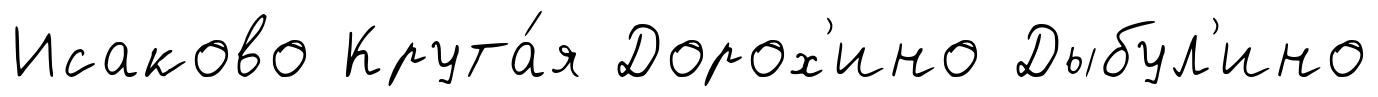
Исаково Крута́я Дорох'ино Дыбул'ино